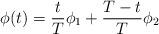
LaTeX: \begin{align*}\phi(t)=\frac{t}{T}\phi_1 +\frac{T-t}{T}\phi_2\end{align*}